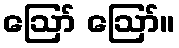
ဪ ဪ။